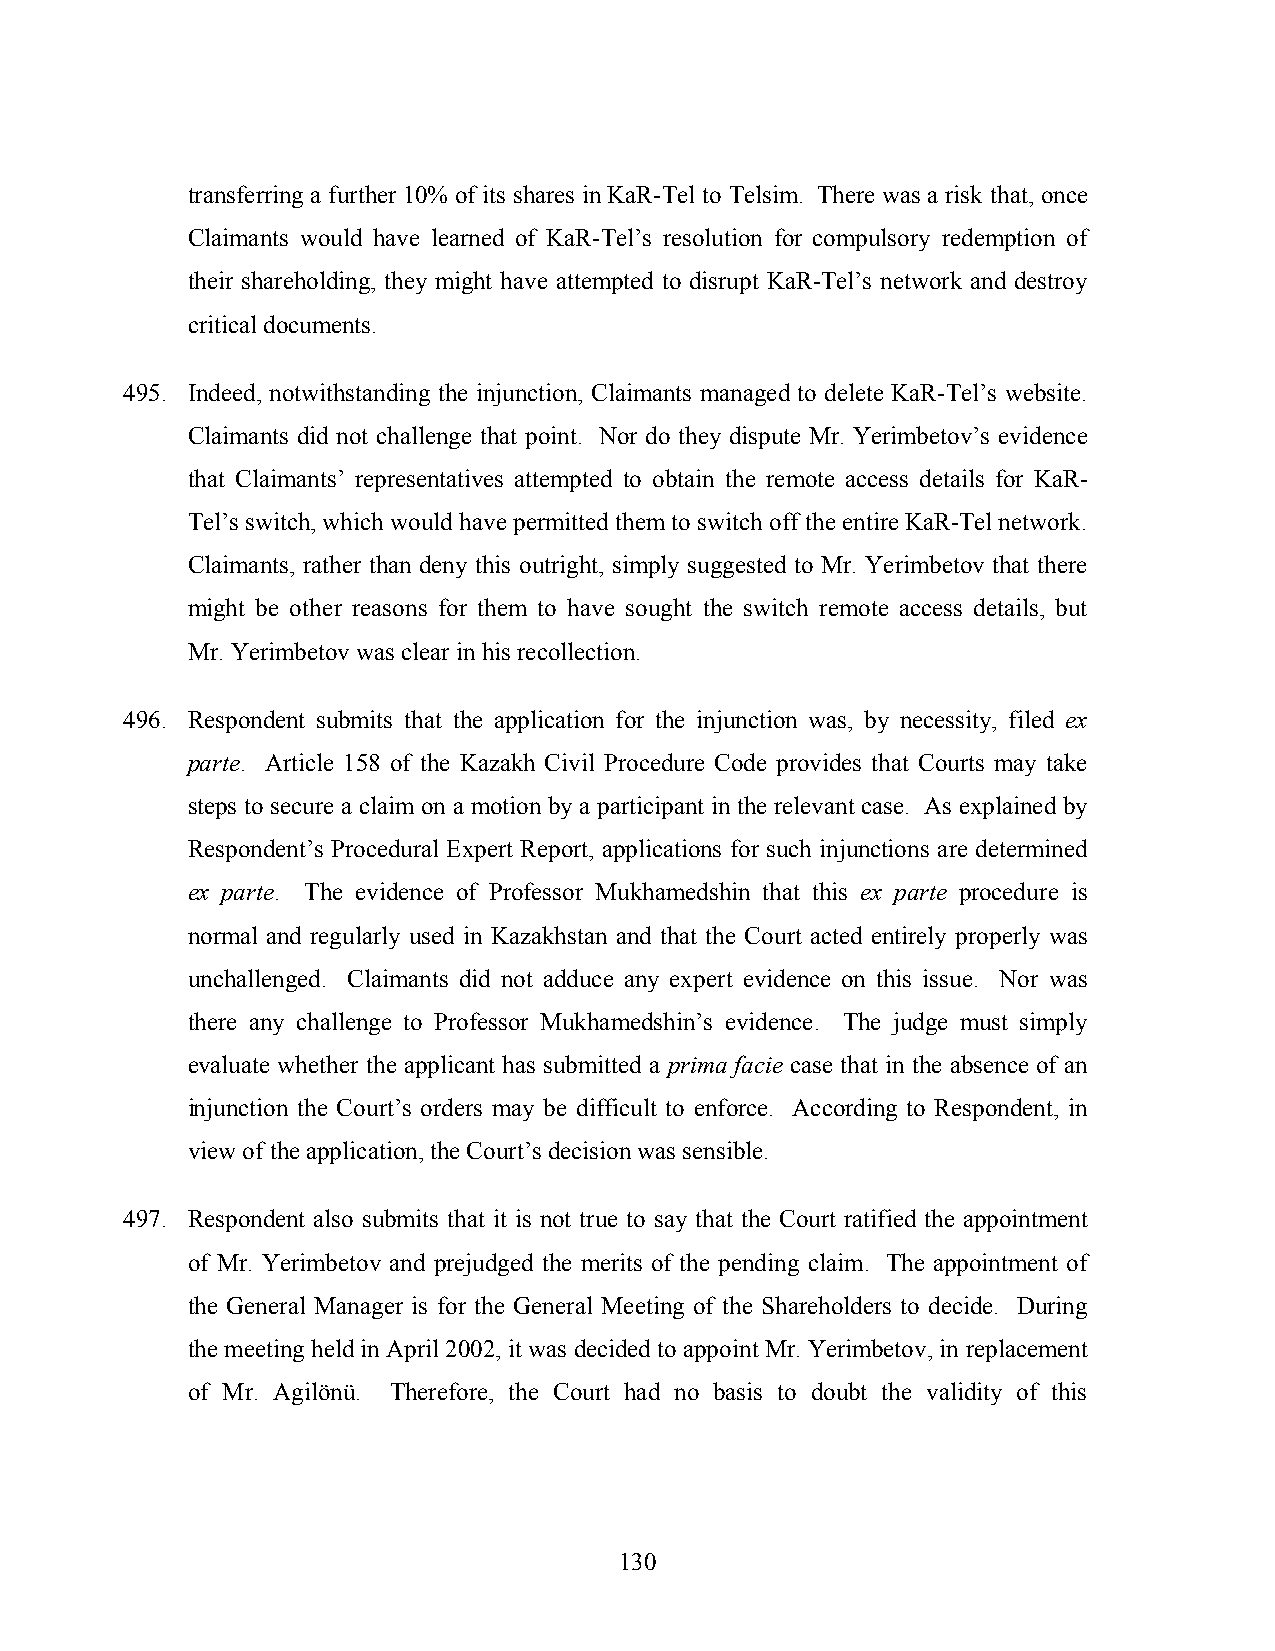
transferring a further 10% of its shares in KaR-Tel to Telsim. There was a risk that, once
 Claimants would have learned of KaR-Tel’s resolution for compulsory redemption of
 their shareholding, they might have attempted to disrupt KaR-Tel’s network and destroy
 critical documents.
 495. Indeed, notwithstanding the injunction, Claimants managed to delete KaR-Tel’s website.
 Claimants did not challenge that point. Nor do they dispute Mr. Yerimbetov’s evidence
 that Claimants’ representatives attempted to obtain the remote access details for KaR-
 Tel’s switch, which would have permitted them to switch off the entire KaR-Tel network.
 Claimants, rather than deny this outright, simply suggested to Mr. Yerimbetov that there
 might be other reasons for them to have sought the switch remote access details, but
 Mr. Yerimbetov was clear in his recollection.
 496. Respondent submits that the application for the injunction was, by necessity, filed ex
 parte. Article 158 of the Kazakh Civil Procedure Code provides that Courts may take
 steps to secure a claim on a motion by a participant in the relevant case. As explained by
 Respondent’s Procedural Expert Report, applications for such injunctions are determined
 ex parte. The evidence of Professor Mukhamedshin that this ex parte procedure is
 normal and regularly used in Kazakhstan and that the Court acted entirely properly was
 unchallenged. Claimants did not adduce any expert evidence on this issue. Nor was
 there any challenge to Professor Mukhamedshin’s evidence. The judge must simply
 evaluate whether the applicant has submitted a prima facie case that in the absence of an
 injunction the Court’s orders may be difficult to enforce. According to Respondent, in
 view of the application, the Court’s decision was sensible.
 497. Respondent also submits that it is not true to say that the Court ratified the appointment
 of Mr. Yerimbetov and prejudged the merits of the pending claim. The appointment of
 the General Manager is for the General Meeting of the Shareholders to decide. During
 the meeting held in April 2002, it was decided to appoint Mr. Yerimbetov, in replacement
 of Mr. Agilönü. Therefore, the Court had no basis to doubt the validity of this
 130